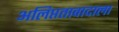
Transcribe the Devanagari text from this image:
अलिप्ततावादाला